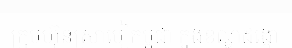
ក្រុមហ៊ុនស្រាបៀកម្ពុជា ក្នុងខណ្ឌដង្កោ